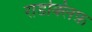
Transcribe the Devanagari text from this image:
राडक्लिफ़